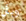
وبأن